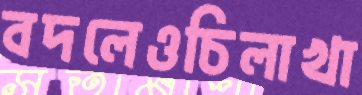
বদলেওচিলাখা